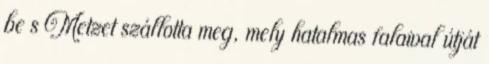
be s Metzet szállotta meg, mely hatalmas falaival útját